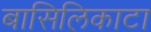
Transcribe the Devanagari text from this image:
बासिलिकाटा